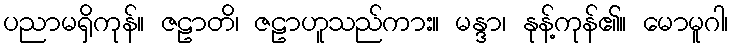
ပညာမရှိကုန်။ ဇဠာတိ၊ ဇဠာဟူသည်ကား။ မန္ဒာ၊ နုန့်ကုန်၏။ မောမူဂါ၊